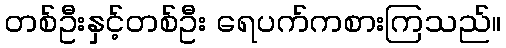
တစ်ဦးနှင့်တစ်ဦး ရေပက်ကစားကြသည်။